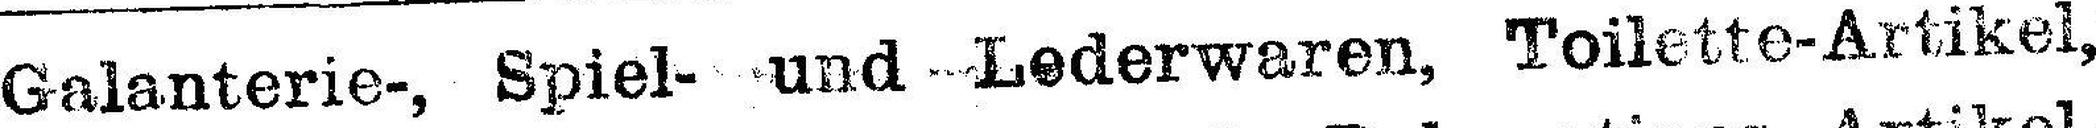
Galanterie-, Spiel- und -Lederwaren, Toilette-Artikel,